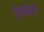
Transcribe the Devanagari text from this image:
प्रेतयोनी